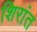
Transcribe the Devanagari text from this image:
शिरांत